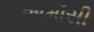
અમૌસી